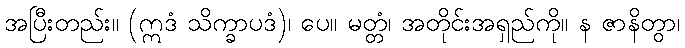
အပြီးတည်း။ (ဣဒံ သိက္ခာပဒံ)၊ ပေ။ မတ္တံ၊ အတိုင်းအရှည်ကို။ န ဇာနိတွာ၊